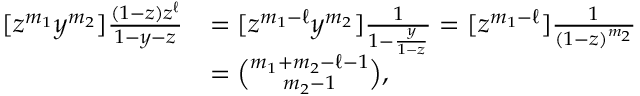
\begin{array} { r l } { [ z ^ { m _ { 1 } } y ^ { m _ { 2 } } ] \frac { ( 1 - z ) z ^ { \ell } } { 1 - y - z } } & { = [ z ^ { m _ { 1 } - \ell } y ^ { m _ { 2 } } ] \frac { 1 } { 1 - \frac { y } { 1 - z } } = [ z ^ { m _ { 1 } - \ell } ] \frac { 1 } { ( 1 - z ) ^ { m _ { 2 } } } } \\ & { = \binom { m _ { 1 } + m _ { 2 } - \ell - 1 } { m _ { 2 } - 1 } , } \end{array}